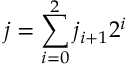
j = \sum _ { i = 0 } ^ { 2 } j _ { i + 1 } 2 ^ { i }